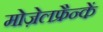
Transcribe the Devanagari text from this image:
मोज़ेलफ्रैन्कें